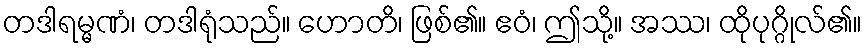
တဒါရမ္မဏံ၊ တဒါရုံသည်။ ဟောတိ၊ ဖြစ်၏။ ဧဝံ၊ ဤသို့။ အဿ၊ ထိုပုဂ္ဂိုလ်၏။